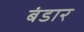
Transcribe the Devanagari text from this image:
बंडार